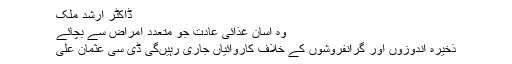
ڈاکٹر ارشد ملک
وہ آسان غذائی عادت جو متعدد امراض سے بچائے
ذخیرہ اندوزوں اور گرانفروشوں کے خلاف کاروائیاں جاری رہیں‌گی ڈی سی عثمان علی